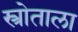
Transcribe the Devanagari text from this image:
स्त्रोताला